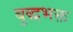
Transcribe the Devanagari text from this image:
बुद्धभक्त